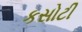
કસોટી